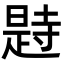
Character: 𣊒